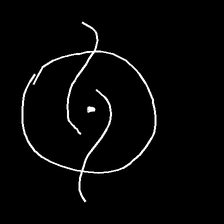
Glyph: repetition